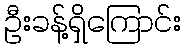
ဦးခန့်ရှိကြောင်း